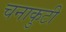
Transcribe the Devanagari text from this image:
चनाकुटी